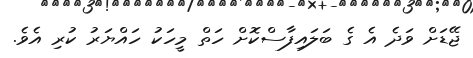
ޖޭޑަށް ވަދެ އެ ގެ ބަލައިފާސްކޮށް ހަތް މީހަކު ހައްޔަރު ކުރި އެވެ.